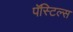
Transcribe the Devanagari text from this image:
पॅस्टिल्स